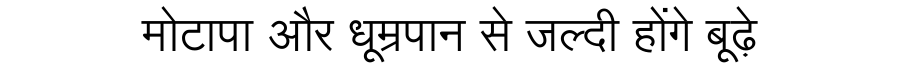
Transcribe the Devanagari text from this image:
मोटापा और धूम्रपान से जल्दी होंगे बूढ़े